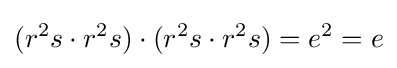
(r^{2}s\cdot r^{2}s)\cdot (r^{2}s\cdot r^{2}s)=e^{2}=e